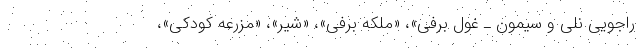
راجویی نلی و سیمون ـ غول برفی»، «ملکه برفی»، «شیر»، «مزرعه کودکی»،